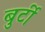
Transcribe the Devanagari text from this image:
बुर्टी